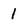
Character: 1